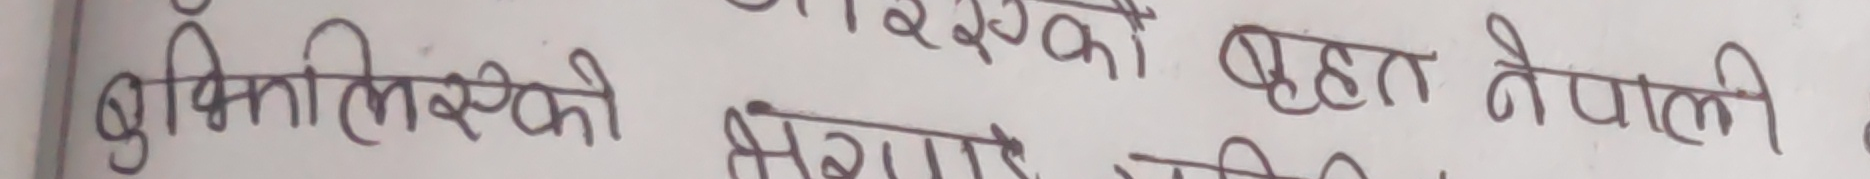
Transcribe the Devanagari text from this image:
बुँकिल्स्की रूसको बृहत् नेपाली
संग्राहक